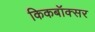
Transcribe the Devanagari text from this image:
किकबॉक्सर